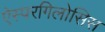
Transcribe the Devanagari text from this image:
ऐस्परगिलोसिस